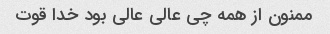
ممنون از همه چی عالی عالی بود خدا قوت